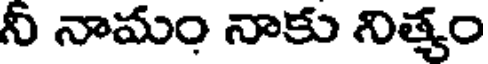
నీ నామం నాకు నిత్యం